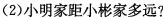
(2)小明家距小彬家多远?